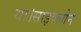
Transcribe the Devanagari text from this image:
था।साइक्लोन